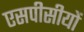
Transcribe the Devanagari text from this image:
एसपीसीयों